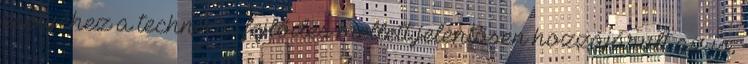
esélyéhez a technikai fejlődés mellett jelentősen hozzájárult az is,